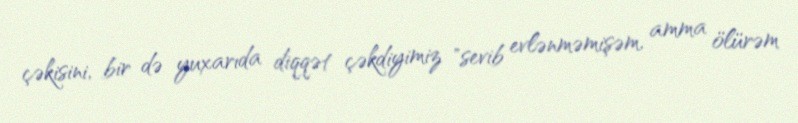
çəkisini, bir də yuxarıda diqqət çəkdiyimiz "sevib evlənməmişəm, amma ölürəm